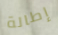
إطالة